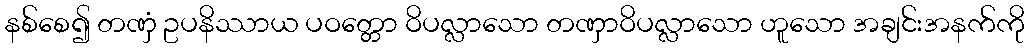
နစ်စေ၍ တဏှံ ဥပနိဿာယ ပဝတ္တော ဝိပလ္လာသော တဏှာဝိပလ္လာသော ဟူသော အချင်းအနက်ကို